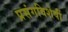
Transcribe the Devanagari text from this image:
प्रसंगविशेषीं